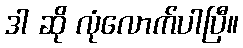
ဒါ ဆို လုံလောက်ပါပြီ။